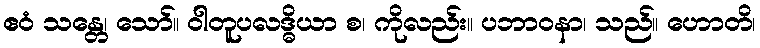
ဧဝံ သန္တေ၊ သော်။ ဝါတူပလဒ္ဓိယာ စ၊ ကိုလည်း။ ပဘာဝနာ၊ သည်။ ဟောတိ၊